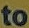
to